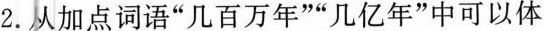
2.从加点词语”几百万年””几亿年”中可以体